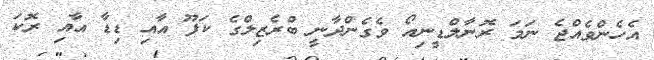
އެހެންވެއްޖެ ނަމަ ރޮނާލްޑީނިއޯ ވެގެންދާނީ ބްރެޒިލްގެ ކަފޫ އާއި ޑިޑާ އާއި ރޮކަ